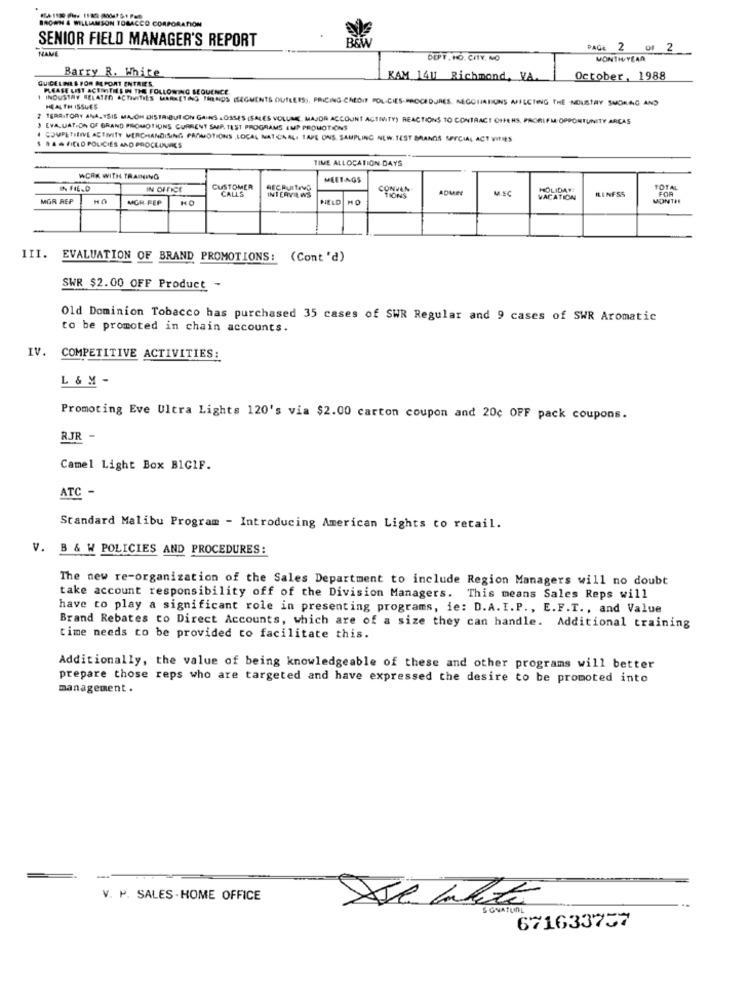
BROWN & WILLIAMSON TOBACCO CORPORATION
SENIOR FIELD MANAGER'S REPORT
NAME
PAGE 2 OF 2
DEPT. HO. CITY. NO
MONTH YEAR
Barry R. White
QUICELINES FOR REPORT ENTRIES.
KAM 1411 Richmond, VA.
October, 1988
PLEASE LIST ACEMITHIS IN THE FOLLOWING SEQUENCE
1 INDUSTRY RELATED ACTIVITIES MARKETING THENOS (SEGMENTS OUTLETS), PRICING CREDIT POLICIES-PROCEDURES. NEGOHABIUNS AFFECTING THE -NOUSTRY SUOMAG AND
HEALTH ISSUES
7 TERRITORY ANALYSIS MAJON DISTRIBUTION GAINS LOSSES (SALES VOLUME, MAJOR ACCOUNT ACTIVITY) REACTIONS 10 CONTRACT OFFENS, PRORLFM OPPORTUNITY ARCAS
EVALUATION OF GRAND PROMOTIONS CURRENT SMR. TEST PROGRAMS LUP PROMOTIONS
COMPETITIVE ACTIVITY MERCHANDISING PROMOTIONS ,LOCAL NATONAL, TAPE ONS. SAUPLING NEW. 1EST BRANDS SPECIAL ACT WIFIES
BAN FIELD POLICIES AND PROCEDURES
TIME ALLOCATION DAYS
WORK WITH TRAINING
MAETAGS
IN FIELD
IN OFFICE
CUSTOMER
CALLS
RECRUITING
INTERVIEWS
CONVAN
ADUN
RINFSS
TOTAL
FOR
MGR REP
HO
MGH-FEP
HO
HELD
HO
VACATION
MONTH
III.
EVALUATION OF BRAND PROMOTIONS: (Cont'd)
SWR $2.00 OFF Product -
Old Dominion Tobacco has purchased 35 cases of SWR Regular and 9 cases of SWR Aromatic
to be promoted in chain accounts.
IV. COMPETITIVE ACTIVITIES:
L & M -
Promoting Eve Ultra Lights 120's via $2.00 carton coupon and 20¢ OFF pack coupons.
RJR
Camel Light Box BIGIF.
ATC -
Standard Malibu Program - Introducing American Lights to retail.
V. B & W POLICIES AND PROCEDURES:
The new re-organization of the Sales Department to include Region Managers will no doubt
take account responsibility off of the Division Managers. This means Sales Reps will
have to play a significant role in presenting programs, ie: D.A. I. P ., E.F.T ., and Value
Brand Rebates to Direct Accounts, which are of a size they can handle. Additional training
time needs to be provided to facilitate this.
Additionally, the value of being knowledgeable of these and other programs will better
prepare those reps who are targeted and have expressed the desire to be promoted into
management .
V. P. SALES-HOME OFFICE
& GNATUnL
671633737